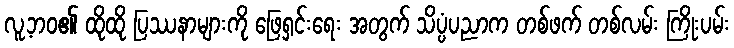
လူ့ဘဝ၏ ထိုထို ပြဿနာများကို ဖြေရှင်းရေး အတွက် သိပ္ပံပညာက တစ်ဖက် တစ်လမ်း ကြိုးပမ်း